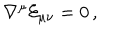
LaTeX: \nabla ^ { \mu } { \cal E } _ { \mu \nu } = 0 \, ,